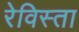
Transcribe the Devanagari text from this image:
रेविस्ता